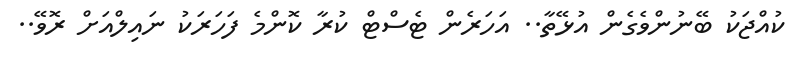
ކުއްޖަކު ބޭނުންވެގެން އުޅޭތާ.. އަހަރެން ޓެސްޓް ކުރާ ކޮންމެ ފަހަރަކު ނައިލްއަށް ރޮވޭ..